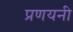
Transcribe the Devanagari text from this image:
प्रणयनी